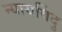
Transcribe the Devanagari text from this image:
न्यायविंदु